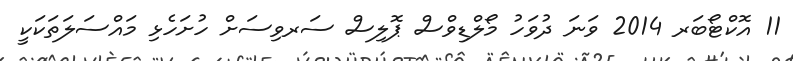
11 އޮކްޓޯބަރ 2014 ވަނަ ދުވަހު މޯލްޑިވްސް ޕޮލިސް ސަރވިސަށް ހުށަހެޅި މައްސަލަތަކަކީ